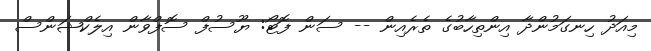
މިއަދު ހިނގަމުންދާ އިންތިހާބުގެ ތެރެއިން -- ސަން ފޮޓޯ: ޔޫސުފް ސޮފްވާން އިލެކްޝަންސް